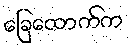
ခြေထောက်က